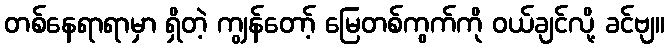
တစ်နေရာရာမှာ ရှိတဲ့ ကျွန်တော့် မြေတစ်ကွက်ကို ဝယ်ချင်လို့ ခင်ဗျ။